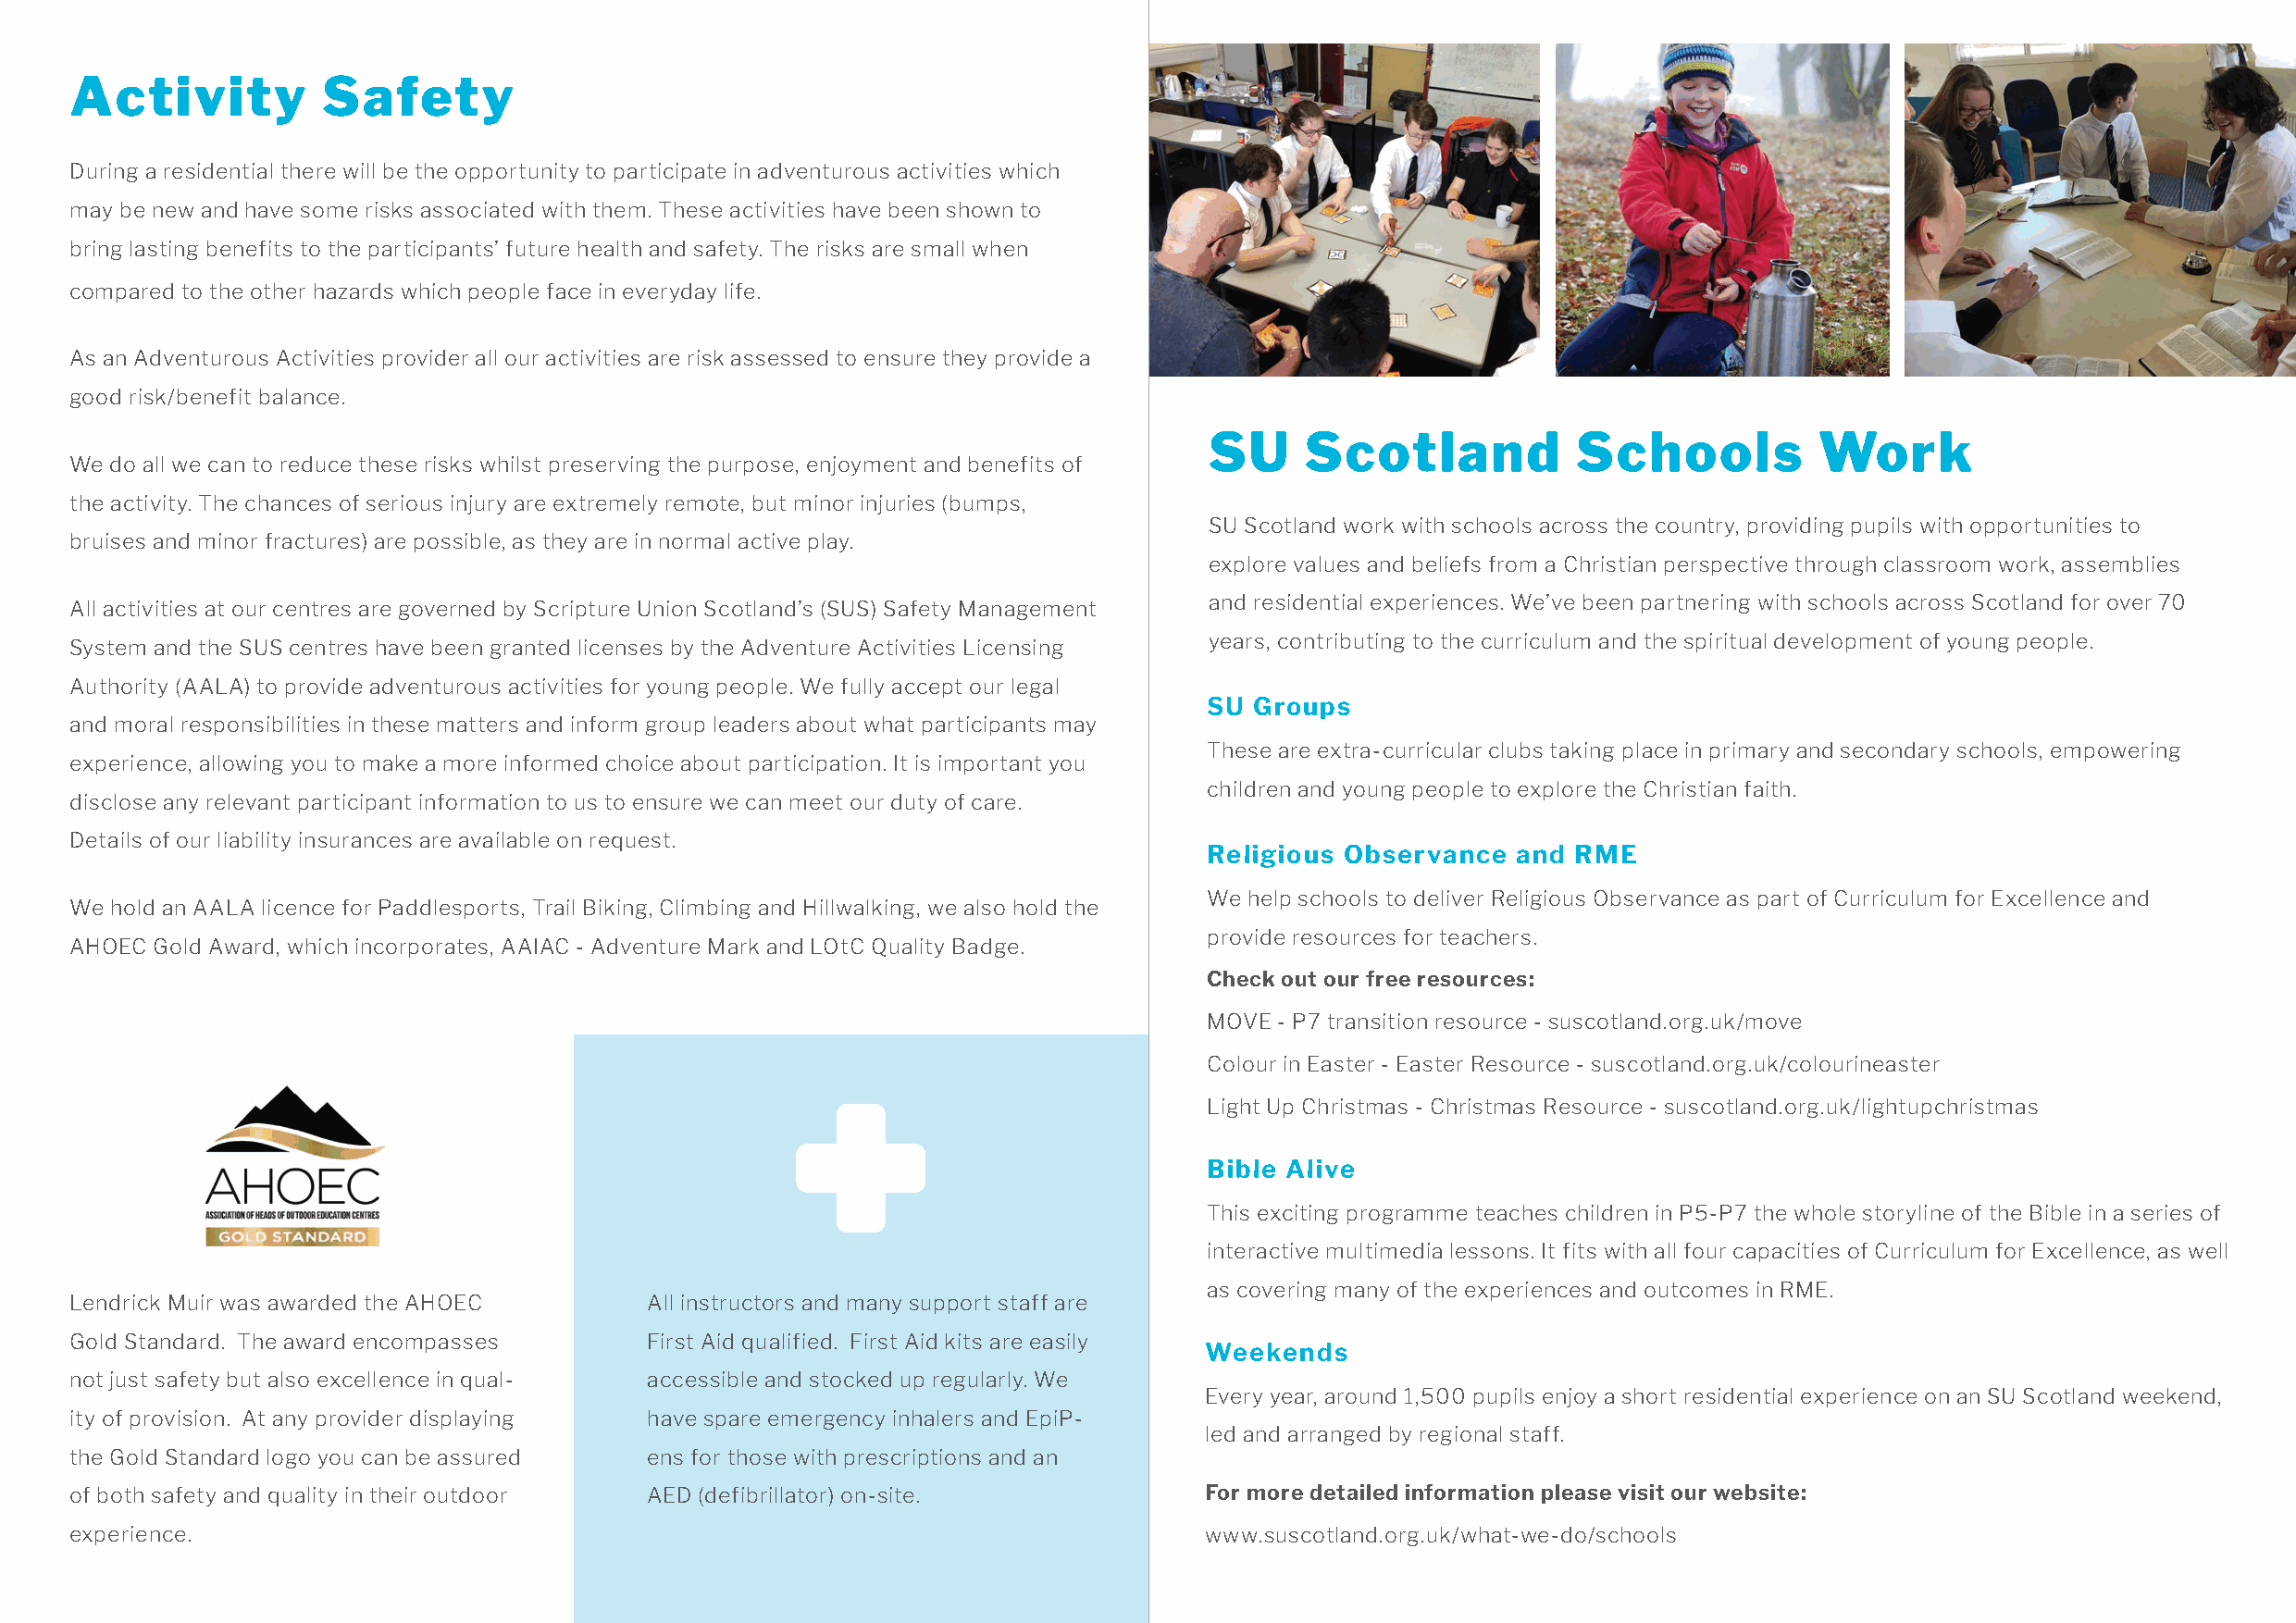
Activity          Safety
 During a residential there will be the opportunity to participate in adventurous activities which
 may be new and have some risks associated with them. These activities have been shown to
 bring lasting benefits to the participants’ future health and safety. The risks are small when
 compared to the other hazards which people face in everyday life.
 As an Adventurous Activities provider all our activities are risk assessed to ensure they provide a
 good risk/benefit balance.
 SU     Scotland            Schools          Work
 We do all we can to reduce these risks whilst preserving the purpose, enjoyment and benefits of
 the activity. The chances of serious injury are extremely remote, but minor injuries (bumps,
 SU Scotland work with schools across the country, providing pupils with opportunities to
 bruises and minor fractures) are possible, as they are in normal active play.
 explore values and beliefs from a Christian perspective through classroom work, assemblies
 and residential experiences. We’ve been partnering with schools across Scotland for over 70
 All activities at our centres are governed by Scripture Union Scotland’s (SUS) Safety Management
 years, contributing to the curriculum and the spiritual development of young people.
 System and the SUS centres have been granted licenses by the Adventure Activities Licensing
 Authority (AALA) to provide adventurous activities for young people. We fully accept our legal
 SU  Groups
 and moral responsibilities in these matters and inform group leaders about what participants may
 These are extra-curricular clubs taking place in primary and secondary schools, empowering
 experience, allowing you to make a more informed choice about participation. It is important you
 children and young people to explore the Christian faith.
 disclose any relevant participant information to us to ensure we can meet our duty of care.
 Details of our liability insurances are available on request.
 Religious Observance  and  RME
 We help schools to deliver Religious Observance as part of Curriculum for Excellence and
 We hold an AALA licence for Paddlesports, Trail Biking, Climbing and Hillwalking, we also hold the
 provide resources for teachers.
 AHOEC Gold Award, which incorporates, AAIAC - Adventure Mark and LOtC Quality Badge.
 Check out our free resources:
 MOVE - P7 transition resource - suscotland.org.uk/move
 Colour in Easter - Easter Resource - suscotland.org.uk/colourineaster
 Light Up Christmas - Christmas Resource - suscotland.org.uk/lightupchristmas
 Bible Alive
 This exciting programme teaches children in P5-P7 the whole storyline of the Bible in a series of
 interactive multimedia lessons. It fits with all four capacities of Curriculum for Excellence, as well
 as covering many of the experiences and outcomes in RME.
 Lendrick Muir was awarded the AHOEC      All instructors and many support staff are
 Gold Standard. The award encompasses     First Aid qualified. First Aid kits are easily
 Weekends
 not just safety but also excellence in qual- accessible and stocked up regularly. We
 Every year, around 1,500 pupils enjoy a short residential experience on an SU Scotland weekend,
 ity of provision. At any provider displaying have spare emergency inhalers and EpiP-
 led and arranged by regional staff.
 the Gold Standard logo you can be assured ens for those with prescriptions and an
 of both safety and quality in their outdoor AED (defibrillator) on-site.         For more detailed information please visit our website:
 experience.                                                                      www.suscotland.org.uk/what-we-do/schools